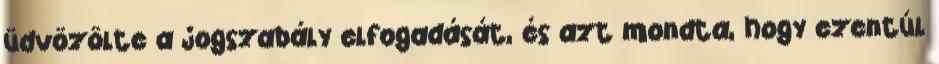
üdvözölte a jogszabály elfogadását, és azt mondta, hogy ezentúl